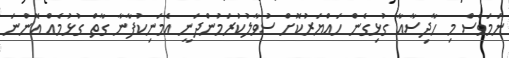
ނަމަވެސް މި ހާދިސާއާ ގުޅިގެން ހައްޔަރުކޮށް ސުވާލުކުރަމުންދަނީ އެމަނިކުފާނާ ގާތް ގުޅުމެއް އޮންނަ